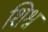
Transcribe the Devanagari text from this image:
शिश्नं